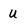
Character: u